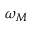
\omega _ { M }